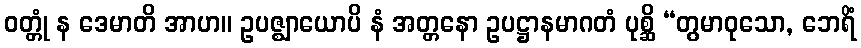
ဝတ္တုံ န ဒေမာတိ အာဟ။ ဥပဇ္ဈာယောပိ နံ အတ္တနော ဥပဋ္ဌာနမာဂတံ ပုစ္ဆိ “တွမာဝုသော, ဘေရိံ